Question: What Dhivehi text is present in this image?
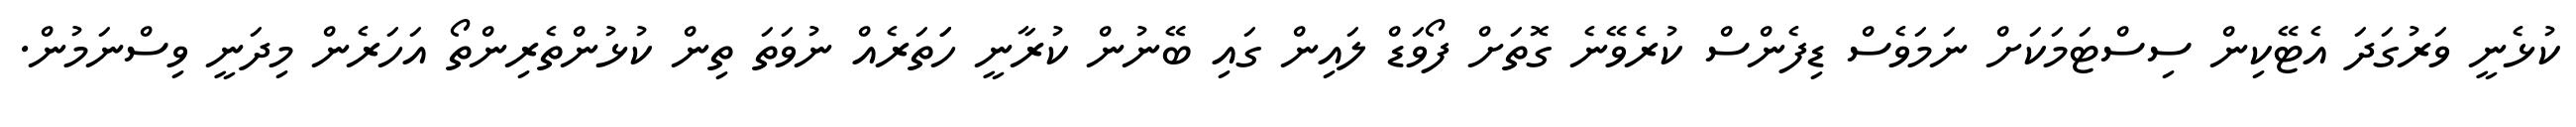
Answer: ކުޅެނީ ވަރުގަދަ އެޓޭކިން ސިސްޓަމަކަށް ނަމަވެސް ޑިފެންސް ކުރެވޭނެ ގޮތަށް ފޯވަޑް ލައިން ގައި ބޭނުން ކުރާނީ ހަަތަރެއް ނުވަތަ ތިން ކުޅުންތެރިންތޯ އަހަރެން މިދަނީ ވިސްނަމުން.